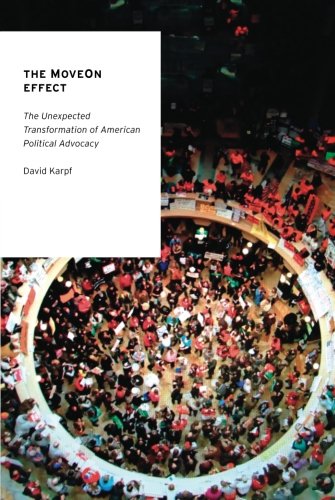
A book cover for The MoveOn Effect: The Unexpected Transformation of American Political Advocacy (Oxford Studies in Digital Politics); David Karpf; Computers & Technology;